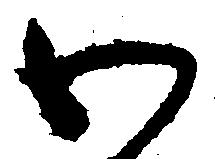
わ